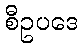
စီဥပဒေ